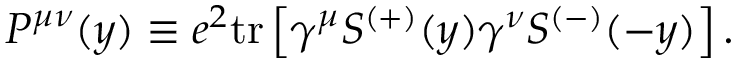
P ^ { \mu \nu } ( y ) \equiv e ^ { 2 } \mathrm { t r } \left[ \gamma ^ { \mu } S ^ { ( + ) } ( y ) \gamma ^ { \nu } S ^ { ( - ) } ( - y ) \right] .